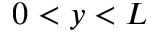
0 < y < L